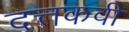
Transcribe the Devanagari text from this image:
दत्तकवी